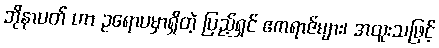
ဘိုနာပတ် ဟာ ဥရောပမှာရှိတဲ့ ပြည့်ရှင် ဧကရာဇ်များ၊ အထူးသဖြင့်